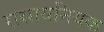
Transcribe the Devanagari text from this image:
रासायनियक